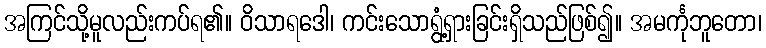
အကြင်သို့မူလည်းကပ်ရ၏။ ဝိသာရဒေါ၊ ကင်းသောရွံ့ရှားခြင်းရှိသည်ဖြစ်၍။ အမင်္ကုဘူတော၊